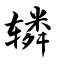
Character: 辚